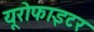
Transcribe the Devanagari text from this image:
यूरोफाइटर